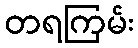
တရကြမ်း